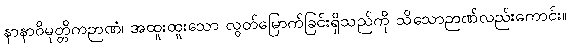
နာနာဝိမုတ္တိကဉာဏံ၊ အထူးထူးသော လွတ်မြောက်ခြင်းရှိသည်ကို သိသောဉာဏ်လည်းကောင်း။